65_HS1-834228961_62-HQ-83894_Section_10
Agency: FBI
Page 65
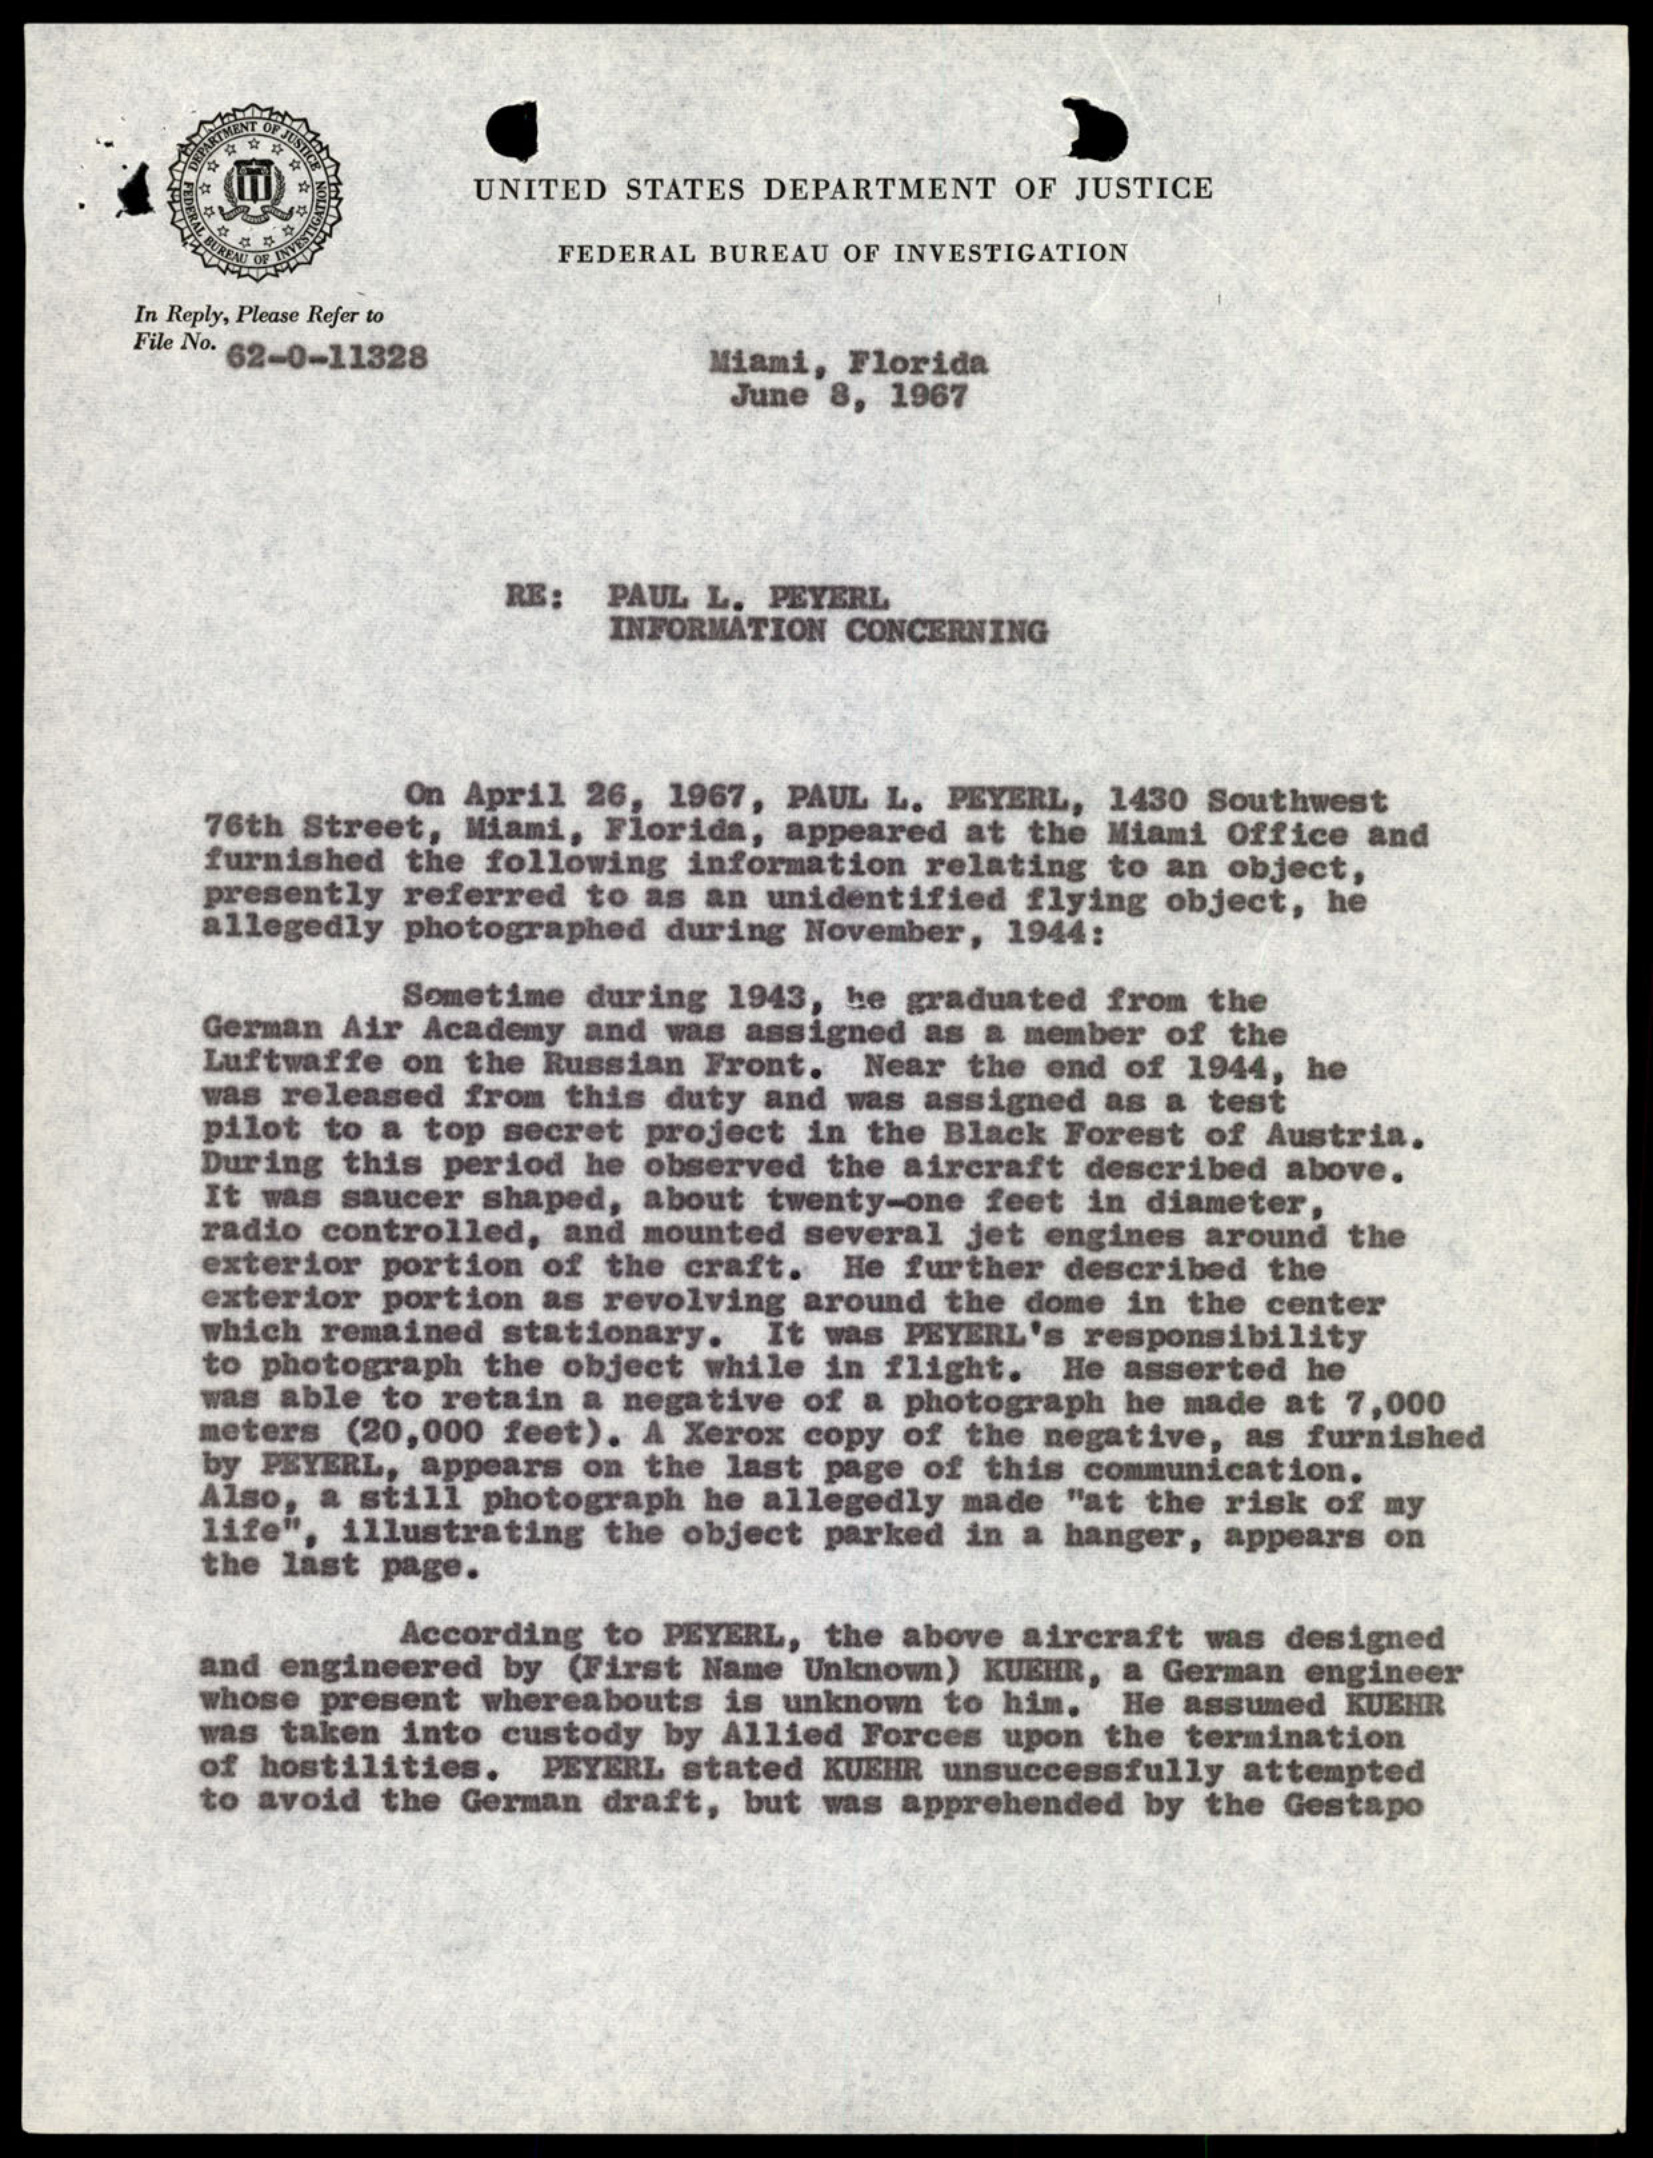